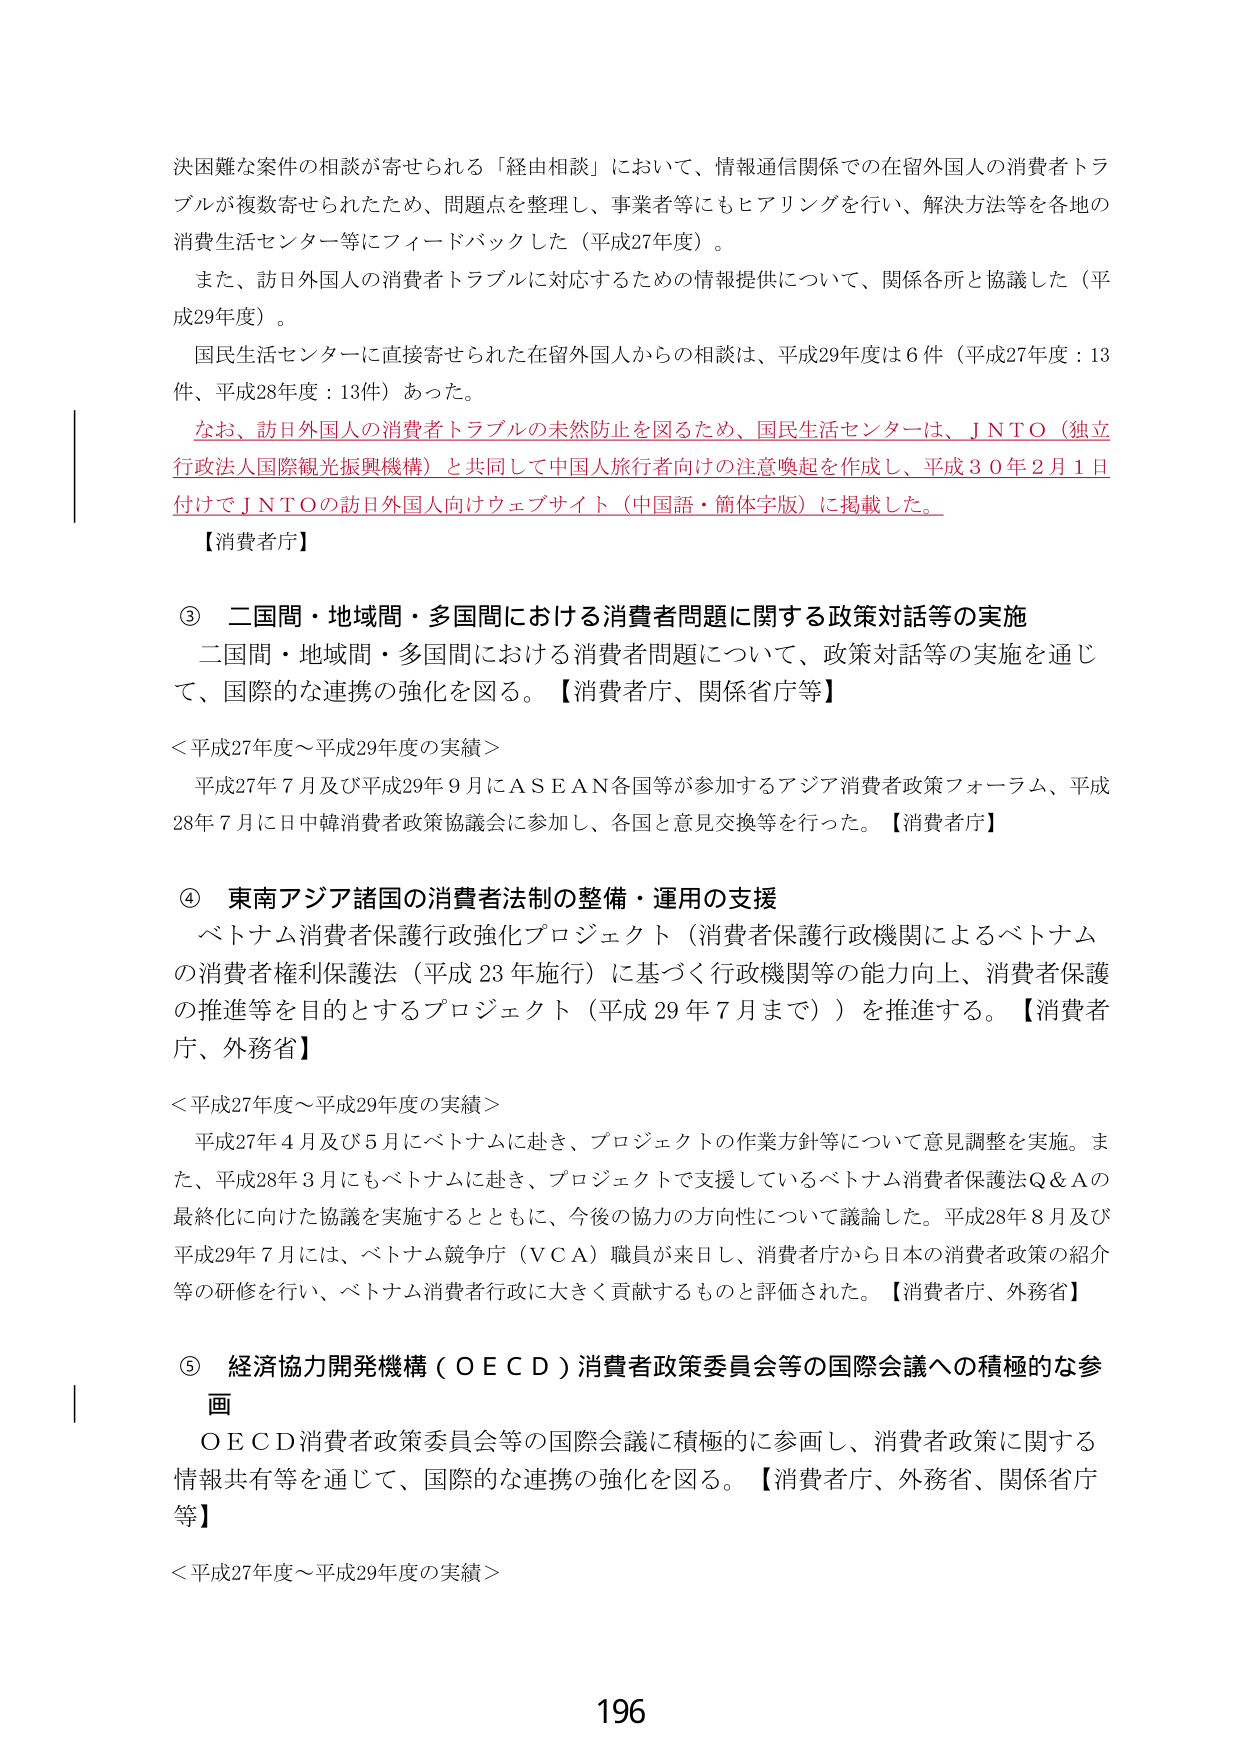
決困難な案件の相談が寄せられる「経由相談」において、情報通信関係での在留外国人の消費者トラブルが複数寄せられたため、問題点を整理し、事業者等にもヒアリングを行い、解決方法等を各地の消費生活センター等にフィードバックした（平成27年度）。

また、訪日外国人の消費者トラブルに対応するための情報提供について、関係各所と協議した（平成29年度）。

国民生活センターに直接寄せられた在留外国人からの相談は、平成29年度は6件（平成27年度：13件、平成28年度：13件）あった。

なお、訪日外国人の消費者トラブルの未然防止を図るため、国民生活センターは、J N T O（独立行政法人国際観光振興機構）と共同して中国人旅行者向けの注意喚起を作成し、平成30年2月1日付けでJ N T Oの訪日外国人向けウェブサイト（中国語・簡体字版）に掲載した。

【消費者庁】

③ 二国間・地域間・多国間における消費者問題に関する政策対話等の実施

二国間・地域間・多国間における消費者問題について、政策対話等の実施を通じて、国際的な連携の強化を図る。【消費者庁、関係省庁等】

＜平成27年度～平成29年度の実績＞

平成27年7月及び平成29年9月にＡＳＥＡＮ各国等が参加するアジア消費者政策フォーラム、平成28年7月に日中韓消費者政策協議会に参加し、各国と意見交換等を行った。【消費者庁】

④ 東南アジア諸国の消費者法制の整備・運用の支援

ベトナム消費者保護行政強化プロジェクト（消費者保護行政機関によるベトナムの消費者権利保護法（平成23年施行）に基づく行政機関等の能力向上、消費者保護の推進等を目的とするプロジェクト（平成29年7月まで））を推進する。【消費者庁、外務省】

＜平成27年度～平成29年度の実績＞

平成27年4月及び5月にベトナムに赴き、プロジェクトの作業方針等について意見調整を実施。また、平成28年3月にもベトナムに赴き、プロジェクトで支援しているベトナム消費者保護法Q＆Aの最終化に向けた協議を実施するとともに、今後の協力の方向性について議論した。平成28年8月及び平成29年7月には、ベトナム競争庁（ＶＣＡ）職員が来日し、消費者庁から日本の消費者政策の紹介等の研修を行い、ベトナム消費者行政に大きく貢献するものと評価された。【消費者庁、外務省】

⑤ 経済協力開発機構（ＯＥＣＤ）消費者政策委員会等の国際会議への積極的な参画

ＯＥＣＤ消費者政策委員会等の国際会議に積極的に参画し、消費者政策に関する情報共有等を通じて、国際的な連携の強化を図る。【消費者庁、外務省、関係省庁等】

＜平成27年度～平成29年度の実績＞

196